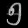
Digit: ၅